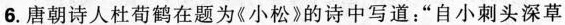
6. 唐朝诗人杜荀鹤在题为《小松》的诗中写道：”自小刺头深草